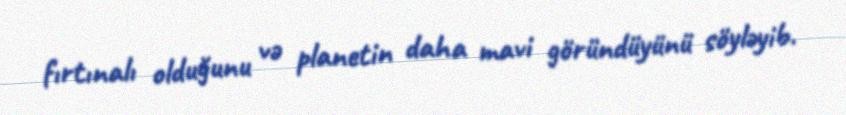
fırtınalı olduğunu və planetin daha mavi göründüyünü söyləyib.